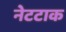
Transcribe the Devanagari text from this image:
नेटटाक